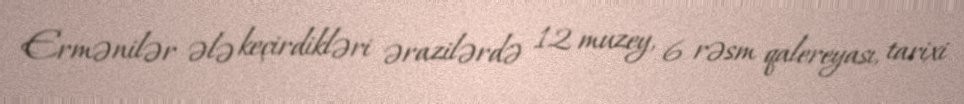
Ermənilər ələ keçirdikləri ərazilərdə 12 muzey, 6 rəsm qalereyası, tarixi